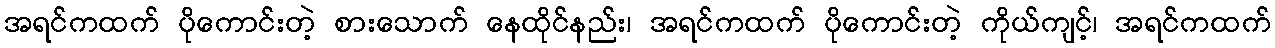
အရင်ကထက် ပိုကောင်းတဲ့ စားသောက် နေထိုင်နည်း၊ အရင်ကထက် ပိုကောင်းတဲ့ ကိုယ်ကျင့်၊ အရင်ကထက်